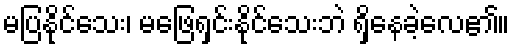
မပြနိုင်သေး၊ မဖြေရှင်းနိုင်သေးဘဲ ရှိနေခဲ့လေ၏။